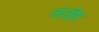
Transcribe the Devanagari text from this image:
जंज़ीर